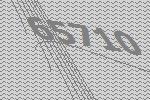
65710